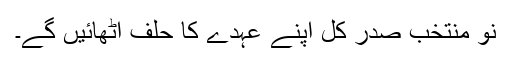
نو منتخب صدر کل اپنے عہدے کا حلف اْٹھائیں گے۔